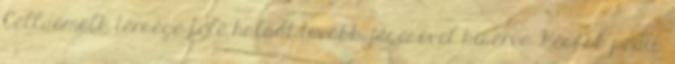
Celldömölk térsége felé haladt tovább, jégesővel kísérve. Később pedig